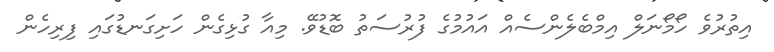
އިތުރުވެ ހޯމޯނަލް އިމްބެލެންސެއް އައުމުގެ ފުރުސަތު ބޮޑުވޭ. މިއާ ގުޅިގެން ހަށިގަނޑުގައި ފިރިހެން